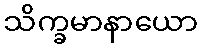
သိက္ခမာနာယော